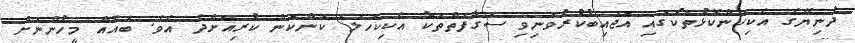
ދުނިޔޭގެ އެކިކަންކޮޅުތަކުގައި އަޖައިބުކުރުވަނިވި ސަގާފަތްތަކާ އެކިކަހަލަ ކަންކަން ކުރިއަށްދެ އެވެ. ބައެއް މީހުންނަށް